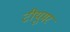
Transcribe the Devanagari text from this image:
टीयूमर